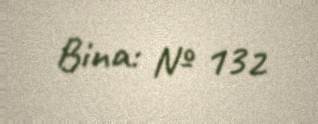
Bina: № 132